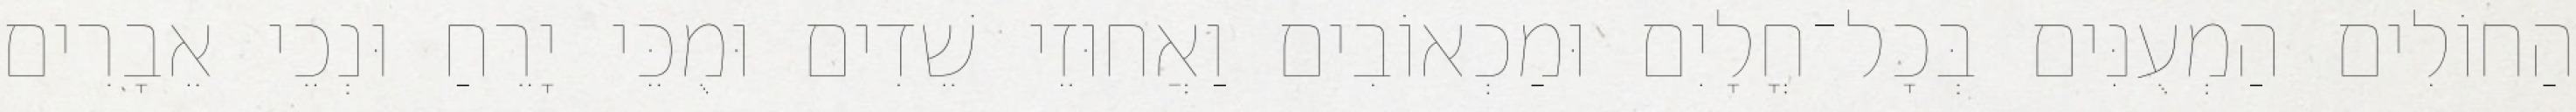
הַחוֹלִים הַמְעֻנִּים בְּכָל־חֳלָיִם וּמַכְאוֹבִים וַאֲחוּזֵי שֵׁדִים וּמֻכֵּי יָרֵחַ וּנְכֵי אֵבָרִים